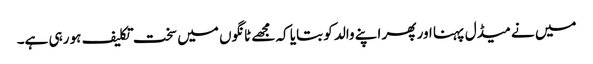
میں نے میڈل پہنا اور پھر اپنے والد کو بتایا کہ مجھے ٹانگوں میں سخت تکلیف ہو رہی ہے۔